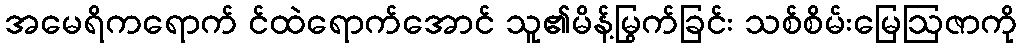
အမေရိကရောက် င်ထဲရောက်အောင် သူ၏မိန့်မြွက်ခြင်း သစ်စိမ်းမြေဩဇာကို